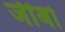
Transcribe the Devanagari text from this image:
जीबो